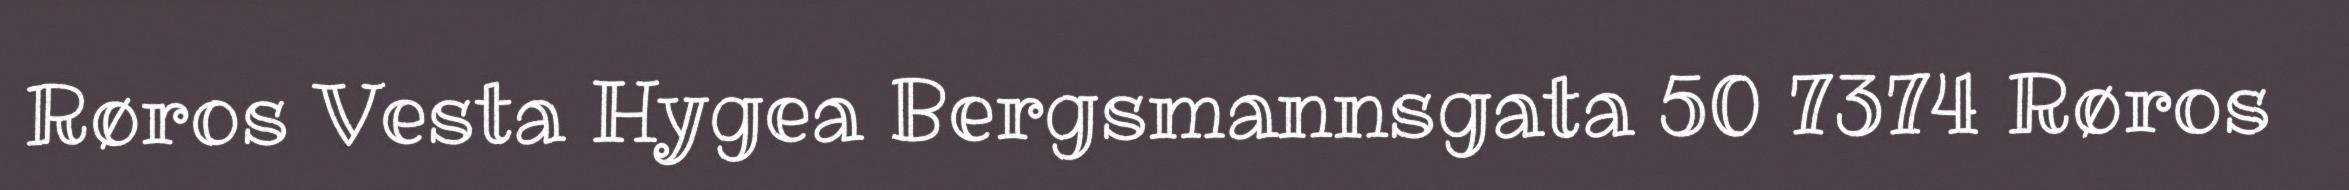
Røros Vesta Hygea Bergsmannsgata 50 7374 Røros